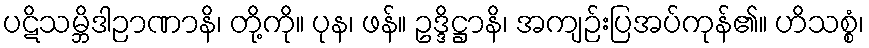
ပဋိသမ္ဘိဒါဉာဏာနိ၊ တို့ကို။ ပုန၊ ဖန်။ ဥဒ္ဒိဋ္ဌာနိ၊ အကျဉ်းပြအပ်ကုန်၏။ ဟိသစ္စံ၊